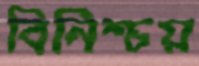
বিনিশ্চয়